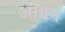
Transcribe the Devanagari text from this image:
आयम